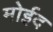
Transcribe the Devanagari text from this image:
मोईद